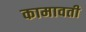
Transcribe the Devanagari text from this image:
कामावती